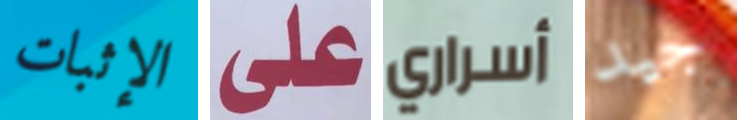
الإثبات على أسراري جيد